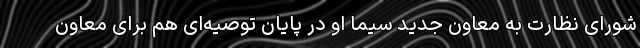
شورای نظارت به معاون جدید سیما او در پایان توصیه‌ای هم برای معاون